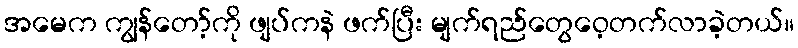
အမေက ကျွန်တော့်ကို ဖျပ်ကနဲ ဖက်ပြီး မျက်ရည်တွေဝေ့တက်လာခဲ့တယ်။